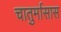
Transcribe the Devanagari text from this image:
चातुर्मासास